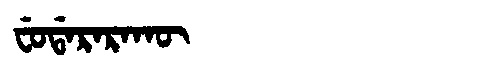
Manchu: ᠸᡠᡩᠠᡵᠠᡵᠠᡴᡡ
Romanization: FUDARARAKŪ